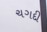
ચગદી